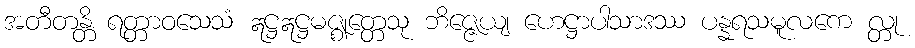
အတီတန္တိ ရတ္တာဝသေသံ ဣဋ္ဌဣဋ္ဌမဇ္ဈတ္တေသု ဘိဇ္ဇေယျ ဟေဋ္ဌာပါသာဒဿ ပန္နရသမူလကေ လ္တု